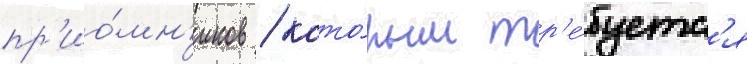
пр'ио́мн'иков / кото́рым тр'е́буетс'я